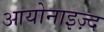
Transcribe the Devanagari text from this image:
आयोनाइज़्द